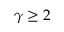
\gamma \geq 2